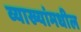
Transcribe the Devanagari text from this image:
व्याख्यांमधील